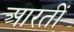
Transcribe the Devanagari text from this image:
आरतीं